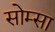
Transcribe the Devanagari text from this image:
सोम्सा